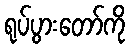
ရုပ်ပွားတော်ကို